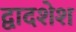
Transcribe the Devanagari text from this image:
द्वादशेश